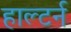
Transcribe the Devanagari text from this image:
हाल्टर्न